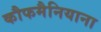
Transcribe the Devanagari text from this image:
कौफमैनियाना